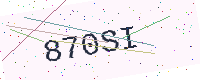
Text: 870SI